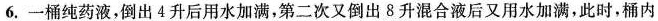
6.一桶纯药液，倒出4升后用水加满，第二次又倒出8升混合液后又用水加满，此时，桶内